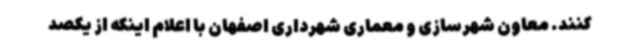
کنند. معاون شهرسازی و معماری شهرداری اصفهان با اعلام اینکه از یکصد